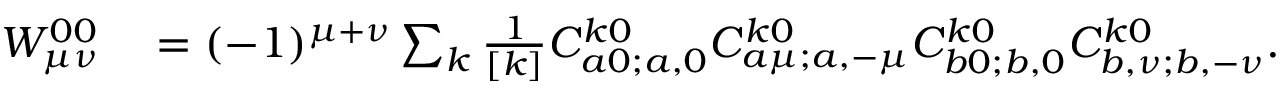
\begin{array} { r l } { W _ { { \mu } { \nu } } ^ { 0 0 } } & { { } = ( - 1 ) ^ { \mu + \nu } \sum _ { k } \frac { 1 } { [ k ] } C _ { a 0 ; a , 0 } ^ { k 0 } C _ { a \mu ; a , - \mu } ^ { k 0 } C _ { b 0 ; b , 0 } ^ { k 0 } C _ { b , \nu ; b , - \nu } ^ { k 0 } . } \end{array}